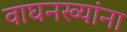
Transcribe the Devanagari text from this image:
वाघनख्यांना